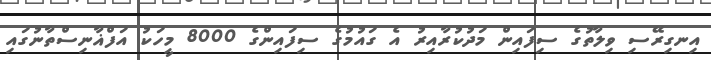
އިނގިރޭސި ވިލާތުގެ ސިފައިން މަދުކުރާއިރު އެ ގައުމުގެ ސިފައިންގެ 8000 މީހަކު އަފްޣާނިސްތާނުގައި